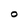
Character: O